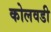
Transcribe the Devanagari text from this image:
कोलवडी